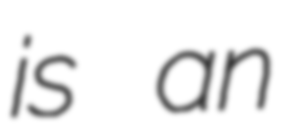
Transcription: is an